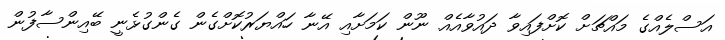
އަސްލެއްގެ މައްޗަށް ކޮށްފައިވާ ދައުވާއެއް ނޫން ކަމަށާއި އޭނާ ހައްޔަރުކޮށްގެން ގެންގުޅެނީ ބޭއިންސާފުން